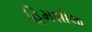
હિમશીલા